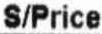
S/PRICE